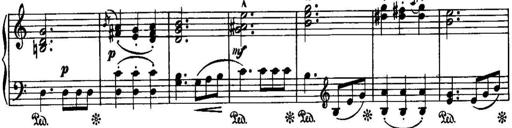
Title: Piano Sonatina No.1, Op.146
Composer: Stephen Heller